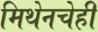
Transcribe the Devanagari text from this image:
मिथेनचेही